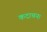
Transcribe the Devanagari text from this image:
कदाचन।